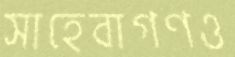
সাহেবাগণও